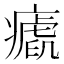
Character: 𤺝